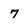
Character: 7